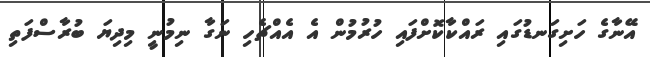
އޭނާގެ ހަށިގަނޑުގައި ރައްކާކޮށްފައި ހުރުމުން އެ އެއްޗެހި ނަގާ ނިމުނީ މިދިޔަ ބުރާސްފަތި